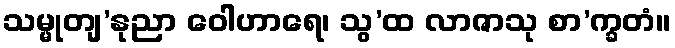
သမ္မုတျ’နုညာ ဝေါဟာရေ၊ သွ’ထ လာဇာသု စာ’က္ခတံ။